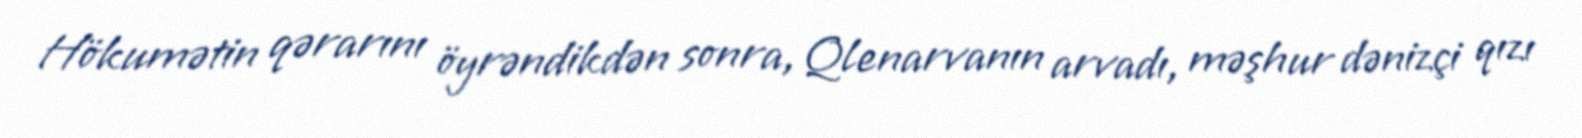
Hökumətin qərarını öyrəndikdən sonra, Qlenarvanın arvadı, məşhur dənizçi qızı